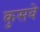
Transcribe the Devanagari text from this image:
कुसवे